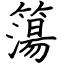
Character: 簜